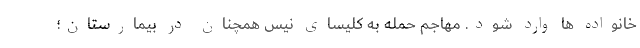
خانواده ها وارد شود. مهاجم حمله به کلیسای نیس همچنان در بیمارستان؛